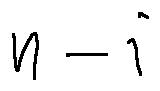
n - i